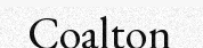
Coalton